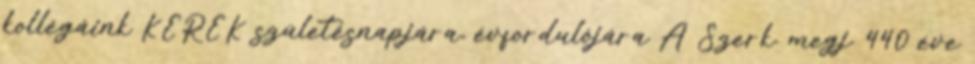
kollégáink KEREK születésnapjára, évfordulójára A Szerk. megj. 440 éve